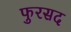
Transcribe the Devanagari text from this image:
फुरसद